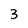
Character: 3